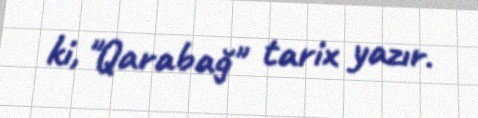
ki, "Qarabağ" tarix yazır.